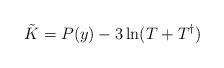
LaTeX: \begin{align*}\tilde{K} = P(y) -3 \ln(T+T^\dag) \end{align*}